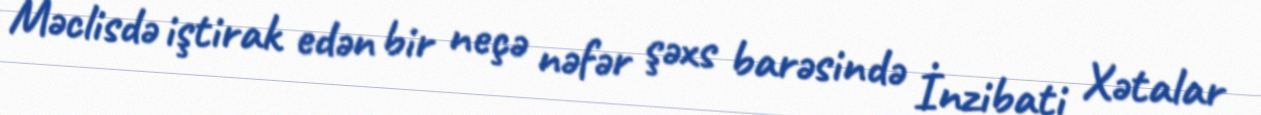
Məclisdə iştirak edən bir neçə nəfər şəxs barəsində İnzibati Xətalar